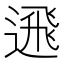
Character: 𨕗